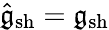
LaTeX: \hat{\mathfrak{g}}_{\mathrm{sh}}=\mathfrak{g}_{\mathrm{sh}}